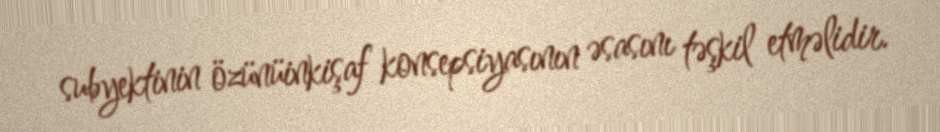
subyektinin özünüinkişaf konsepsiyasının əsasını təşkil etməlidir.